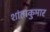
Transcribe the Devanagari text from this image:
शांताकुमार